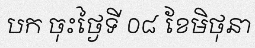
បក ចុះថ្ងៃទី ០៨ ខែមិថុនា